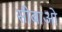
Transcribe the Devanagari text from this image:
सीबाओ